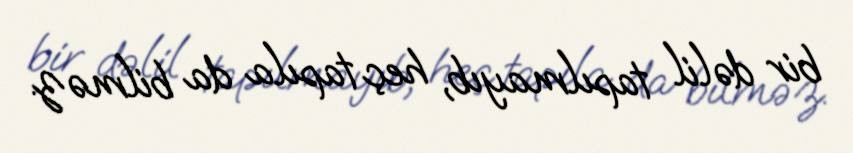
bir dəlil tapılmayıb, heç tapıla da bilməz.